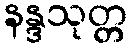
နန္ဒသုတ္တ